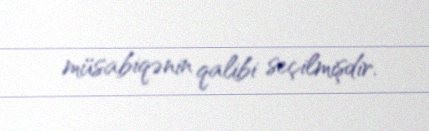
müsabiqənin qalibi seçilmişdir.